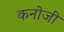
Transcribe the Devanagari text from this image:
कनोजी